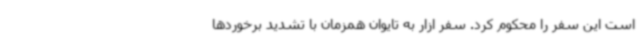
است این سفر را محکوم کرد. سفر ازار به تایوان همزمان با تشدید برخوردها